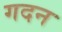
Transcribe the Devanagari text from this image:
गदन